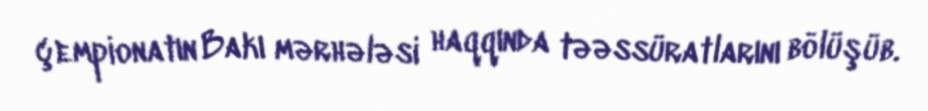
çempionatın Bakı mərhələsi haqqında təəssüratlarını bölüşüb.